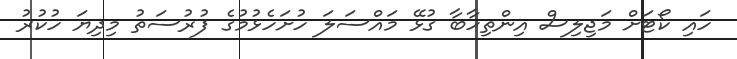
ހައި ކޯޓަށް މަޖިލިސް އިންތިހާބާ ގުޅޭ މައްސަލަ ހުށަހެޅުމުގެ ފުރުސަތު މިދިޔަ ހުކުރު